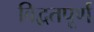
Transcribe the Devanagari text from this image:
विद्वतपूर्ण